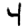
Digit: 4